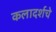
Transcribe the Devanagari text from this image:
कलादर्शचे